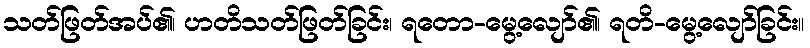
သတ်ဖြတ်အပ်၏၊ ဟတိသတ်ဖြတ်ခြင်း၊ ရတော-မွေ့လျော်၏၊ ရတိ-မွေ့လျော်ခြင်း။